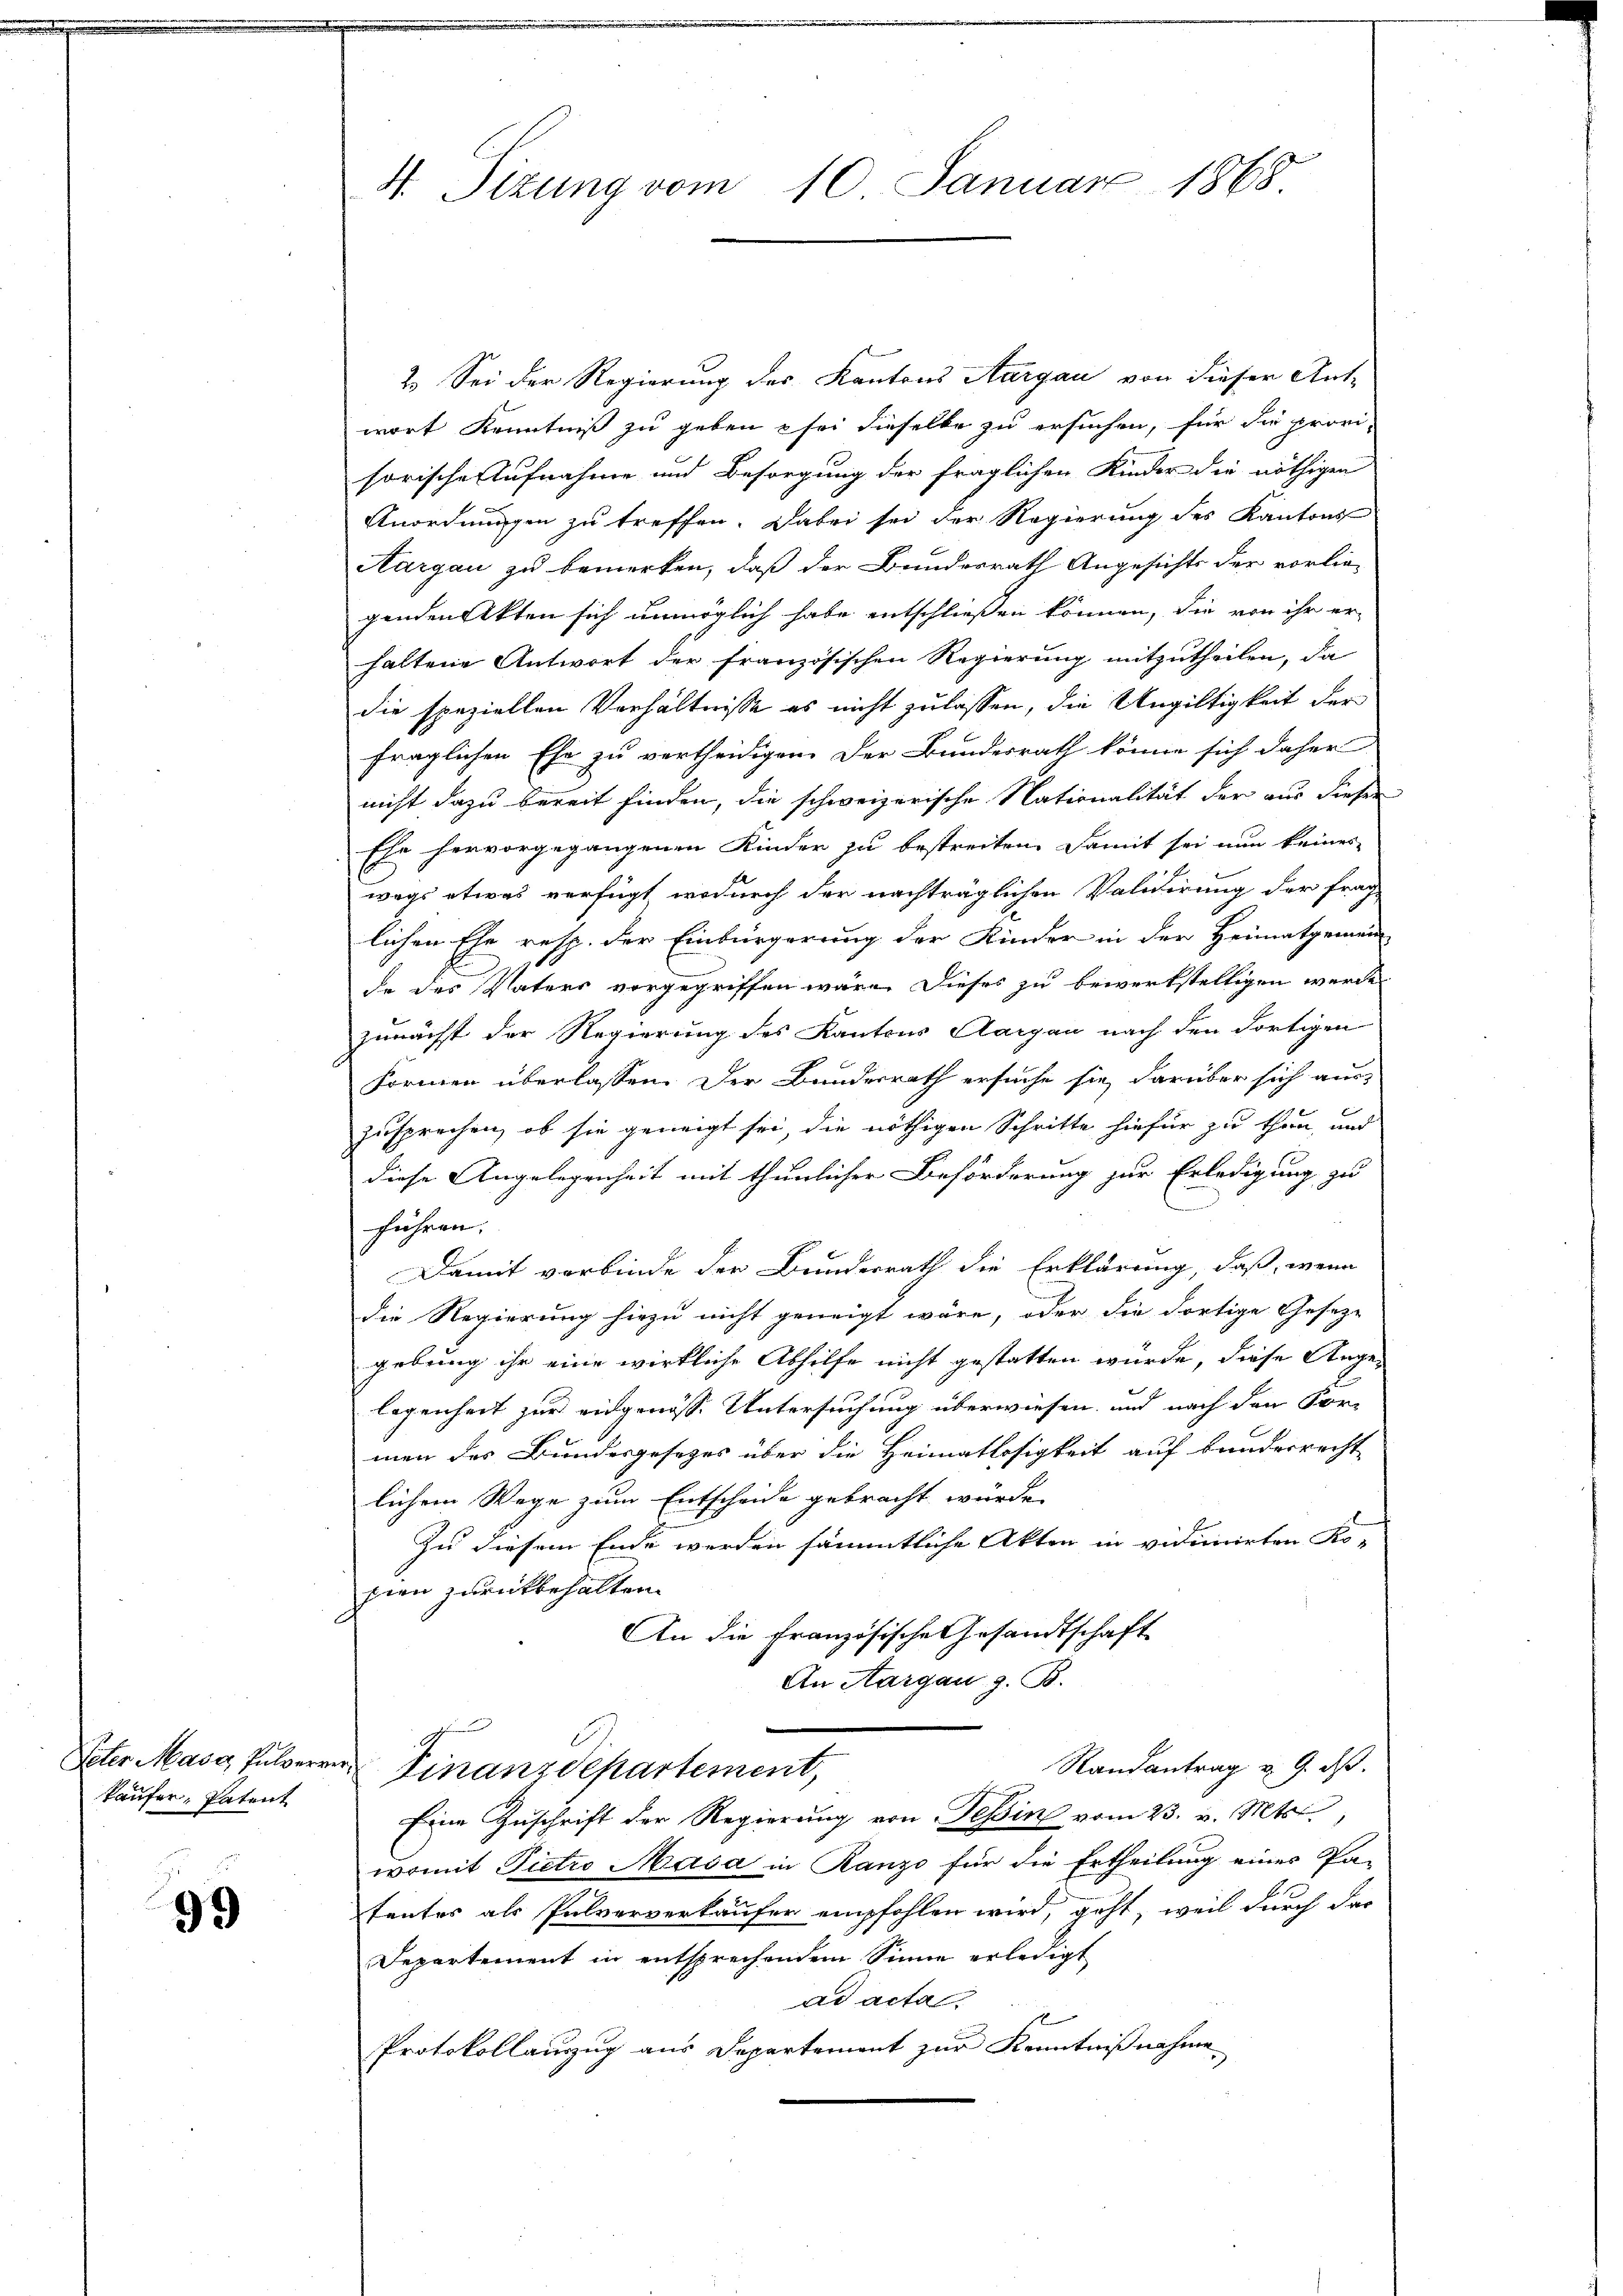
käufer, Patent

99

4. Sizung vom 10. Januar 1868

2.) Sei der Regierung des Kantons Aargau von dieser Ant-
wort Kenntniß zu geben sei dieselbe zu ersuchen, für die provi-
sorische Aufnahme und Besorgung der fraglichen Kinder die nöthigen
Anordnungen zu treffen. Dabei sei der Regierung des Kantons
Aargau zu bemerken, daß der Bundesrath Angesichts der vorlie-
genden Akten sich unmöglich habe entschließen können, die von ihr er-
haltene Antwort der französischen Regierung mitzutheilen, da
die speziellen Verhältnisse es nicht zulassen, die Ungültigkeit der
fraglichen Ehe zu vertheidigen. Der Bundesrath könne sich daher
nicht dazu bereit finden, die schweizerische Nationalität der aus dieser
Ehe hervorgegangenen Kinder zu bestreiten. Damit sei nun keines
wegs etwas verfügt, wodurch der nachträglichen Validirung der frag-
lichen Ehe resp. der Einbürgerung der Kinder in der Heimatgemein-
de des Vaters vorgegriffen wäre. Dieses zu bewerkstelligen werde
zunächst der Regierung des Kantons Aargau nach den dortigen
Formen überlassen. Der Bundesrath ersuche sie darüber sich aus-
zusprechen, ob sie geneigt sei, die nöthigen Schritte hiefür zu thun, und
diese Angelegenheit mit thunlicher Beförderung zur Erledigung zu
führen.
Damit verbinde der Bunderrath die Erklärung, daß, wenn
die Regierung hiezu nicht geneigt wäre, oder die dortige Gesetze
gebung ihr eine wirkliche Abhilfe nicht gestatten wurde, diese Ange-
legenheit zur eidgenöss. Untersuchung überwiesen, und nach den For-
men des Bundesgesetzes über die Heimatlosigkeit auf bunderrecht
lichem Wege zum Entscheide gebracht würde.
Zu diesem Ende werden sämmtliche Akten in vidimirten Ko-
pien zurückbehalten.
An die Französische Gesandtschaft
An Aargau z. B.
Peter Mass, Pulverre Finanzdepartement,
Randantrag u. 9. ds.
Eine Zuschrift der Regierung von Tessin vom 23. v. Mts.,
womit Pietro Masa in Ranze für die Ertheilung einer Pa-
tentes als Pulververkäufer empfohlen wird, geht, weil durch das
Departement in entsprechendem Sinne erledigt
ad acta
Protokollanzug aus Departement zur Kenntnißnahme